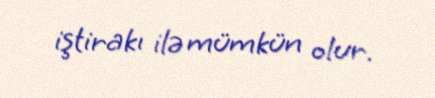
iştirakı ilə mümkün olur.